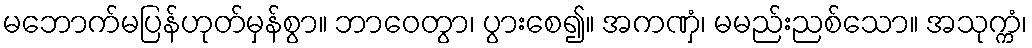
မဘောက်မပြန်ဟုတ်မှန်စွာ။ ဘာဝေတွာ၊ ပွားစေ၍။ အကဏှံ၊ မမည်းညစ်သော။ အသုက္ကံ၊